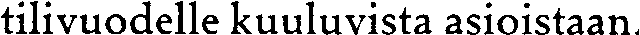
tilivuodelle kuuluvista asioistaan.